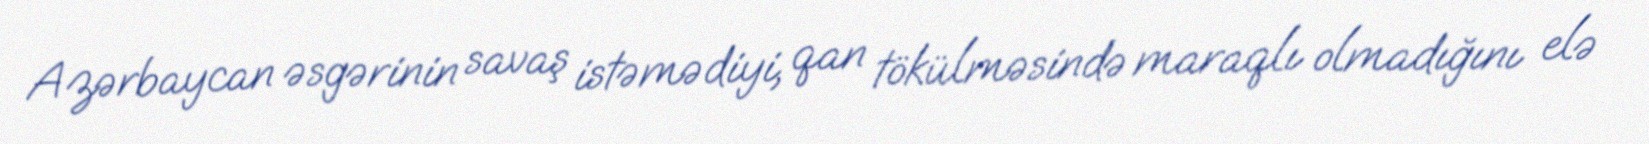
Azərbaycan əsgərinin savaş istəmədiyi, qan tökülməsində maraqlı olmadığını elə